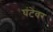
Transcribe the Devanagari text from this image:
घंटेवर